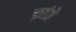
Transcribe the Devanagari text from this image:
क्रांते